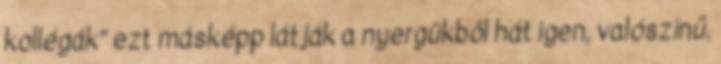
kollégák” ezt másképp látják a nyergükből hát igen, valószínű.